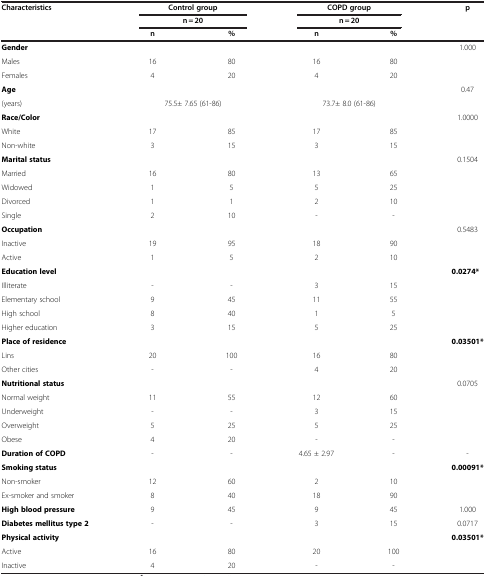
<table><thead><tr><td rowspan="3"><b>Characteristics</b></td><td colspan="2"><b>Control group</b></td><td colspan="2"><b>COPD group</b></td><td rowspan="3"><b>p</b></td></tr><tr><td colspan="2"><b>n = 20</b></td><td colspan="2"><b>n = 20</b></td></tr><tr><td><b>n</b></td><td><b>%</b></td><td><b>n</b></td><td><b>%</b></td></tr></thead><tbody><tr><td><b>Gender</b></td><td> </td><td> </td><td> </td><td> </td><td rowspan="3">1.000</td></tr><tr><td>Males</td><td>16</td><td>80</td><td>16</td><td>80</td></tr><tr><td>Females</td><td>4</td><td>20</td><td>4</td><td>20</td></tr><tr><td><b>Age</b></td><td> </td><td> </td><td> </td><td> </td><td rowspan="2">0.47</td></tr><tr><td>(years)</td><td colspan="2">75.5± 7.65 (61-86)</td><td colspan="2">73.7± 8.0 (61-86)</td></tr><tr><td><b>Race/Color</b></td><td> </td><td> </td><td> </td><td> </td><td rowspan="3">1.0000</td></tr><tr><td>White</td><td>17</td><td>85</td><td>17</td><td>85</td></tr><tr><td>Non-white</td><td>3</td><td>15</td><td>3</td><td>15</td></tr><tr><td><b>Marital status</b></td><td> </td><td> </td><td> </td><td> </td><td rowspan="5">0.1504</td></tr><tr><td>Married</td><td>16</td><td>80</td><td>13</td><td>65</td></tr><tr><td>Widowed</td><td>1</td><td>5</td><td>5</td><td>25</td></tr><tr><td>Divorced</td><td>1</td><td>1</td><td>2</td><td>10</td></tr><tr><td>Single</td><td>2</td><td>10</td><td>-</td><td>-</td></tr><tr><td><b>Occupation</b></td><td> </td><td> </td><td> </td><td> </td><td rowspan="3">0.5483</td></tr><tr><td>Inactive</td><td>19</td><td>95</td><td>18</td><td>90</td></tr><tr><td>Active</td><td>1</td><td>5</td><td>2</td><td>10</td></tr><tr><td><b>Education level</b></td><td> </td><td> </td><td> </td><td> </td><td rowspan="5"><b>0.0274*</b></td></tr><tr><td>Illiterate</td><td>-</td><td>-</td><td>3</td><td>15</td></tr><tr><td>Elementary school</td><td>9</td><td>45</td><td>11</td><td>55</td></tr><tr><td>High school</td><td>8</td><td>40</td><td>1</td><td>5</td></tr><tr><td>Higher education</td><td>3</td><td>15</td><td>5</td><td>25</td></tr><tr><td><b>Place of residence</b></td><td> </td><td> </td><td> </td><td> </td><td rowspan="3"><b>0.03501*</b></td></tr><tr><td>Lins</td><td>20</td><td>100</td><td>16</td><td>80</td></tr><tr><td>Other cities</td><td>-</td><td>-</td><td>4</td><td>20</td></tr><tr><td><b>Nutritional status</b></td><td> </td><td> </td><td> </td><td> </td><td rowspan="5">0.0705</td></tr><tr><td>Normal weight</td><td>11</td><td>55</td><td>12</td><td>60</td></tr><tr><td>Underweight</td><td>-</td><td>-</td><td>3</td><td>15</td></tr><tr><td>Overweight</td><td>5</td><td>25</td><td>5</td><td>25</td></tr><tr><td>Obese</td><td>4</td><td>20</td><td>-</td><td>-</td></tr><tr><td><b>Duration of COPD</b></td><td>-</td><td>-</td><td>4.65 ± 2.97</td><td>-</td><td>-</td></tr><tr><td><b>Smoking status</b></td><td> </td><td> </td><td> </td><td> </td><td rowspan="3"><b>0.00091*</b></td></tr><tr><td>Non-smoker</td><td>12</td><td>60</td><td>2</td><td>10</td></tr><tr><td>Ex-smoker and smoker</td><td>8</td><td>40</td><td>18</td><td>90</td></tr><tr><td><b>High blood pressure</b></td><td>9</td><td>45</td><td>9</td><td>45</td><td>1.000</td></tr><tr><td><b>Diabetes mellitus type 2</b></td><td>-</td><td>-</td><td>3</td><td>15</td><td>0.0717</td></tr><tr><td><b>Physical activity</b></td><td> </td><td> </td><td> </td><td> </td><td rowspan="2"><b>0.03501*</b></td></tr><tr><td>Active</td><td>16</td><td>80</td><td>20</td><td>100</td></tr><tr><td>Inactive</td><td>4</td><td>20</td><td>-</td><td>-</td><td> </td></tr></tbody></table>